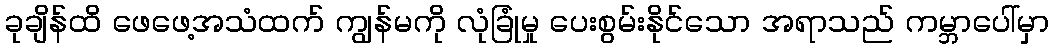
ခုချိန်ထိ ဖေဖေ့အသံထက် ကျွန်မကို လုံခြုံမှု ပေးစွမ်းနိုင်သော အရာသည် ကမ္ဘာပေါ်မှာ